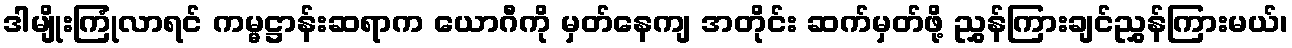
ဒါမျိုးကြုံလာရင် ကမ္မဋ္ဌာန်းဆရာက ယောဂီကို မှတ်နေကျ အတိုင်း ဆက်မှတ်ဖို့ ညွှန်ကြားချင်ညွှန်ကြားမယ်၊